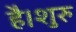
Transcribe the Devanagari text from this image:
है।शुरु